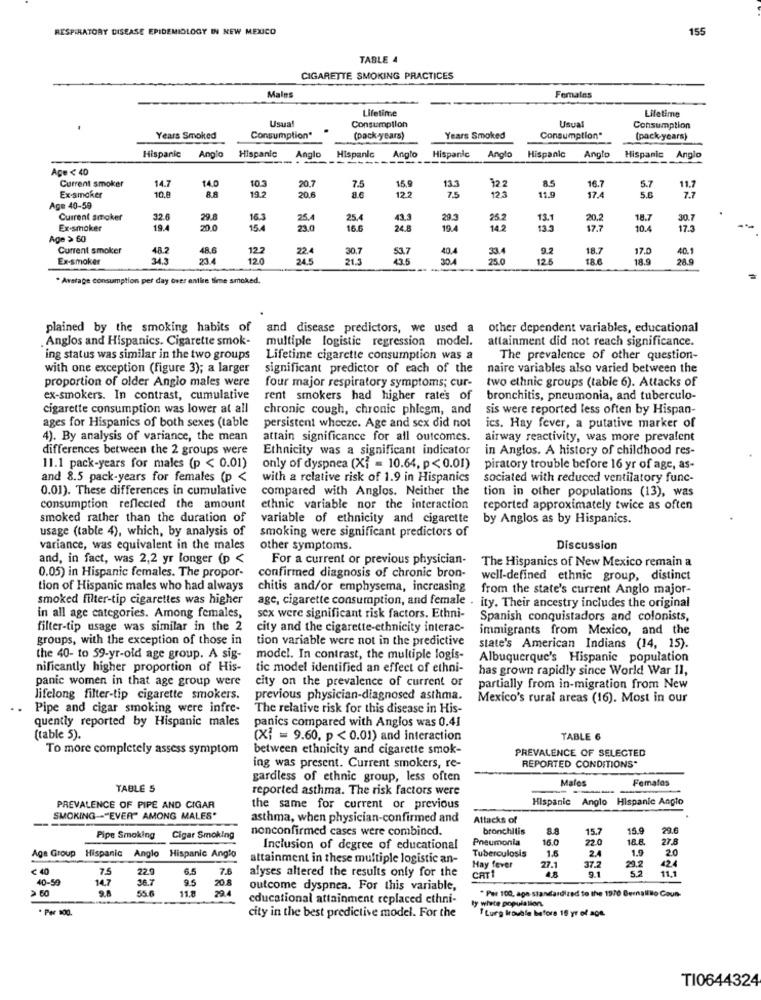
RESPIRATORY DISEASE EPIDEMIOLOGY IN NEW MEXICO
155
TABLE 4
CIGARETTE SMOKING PRACTICES
Males
Females
Lifetime
Usual
Usual
Lifetime
Consumption
Consumption
Years Smoked
Consumption*
(pack-years)
Years Smoked
Consumption"
(pack years)
Hispanic
Hispanic
Hispanic
Anglo
Angio
Anglo
Hispanic
Anglo
Hispanic
Anglo
Hispanic
Anglo
Age < 40
Current smoker
Ex-smaker
14.7
10.8
14.0
10.3
20.7
7.5
15.9
13.3
12
123
8.5
16.7
5.6
5.7
11.7
8.8
19.2
20.6
8.6
122
7.5
11.9
17.4
Age 40-59
Current smoker
32.6
29.8
16.3
25.
25.4
43.3
29.
25.2
13.
20.2
18.7
30.7
Ex-smoker
19.4
20.0
15.4
16.6
24.8
19.4
142
13.3
17.7
10.4
17.5
Age > 60
Current smoker
48.2
48.6
12.2
22.4
30,7
53.7
40.4
33.4
9.2
18.7
17.0
40.1
Ex-smoker
23.4
120
24.5
21.3
30.4
25.0
12.5
18.0
18.9
28.9
. Average consumption per day over entire time smoked.
plained by the smoking habits of
and disease predictors, we used a other dependent variables, educational
Anglos and Hispanics. Cigarette smok-
multiple logistic regression model.
attainment did not reach significance.
ing status was similar in the two groups
Lifetime cigarette consumption was a
The prevalence of other question-
with one exception (figure 3); a larger
significant predictor of each of the
naire variables also varied between the
proportion of older Anglo males were
four major respiratory symptoms; cur-
two ethnic groups (table 6). Attacks of
ex-smokers. In contrast, cumulative
rent smokers had higher rate's of
bronchitis, pneumonia, and tuberculo-
cigarette consumption was lower at all
chronic cough, chronic phlegm, and
sis were reported less often by Hispan-
ages for Hispanics of both sexes (table
persistent wheeze. Age and sex did not
ics. Hay fever, a putative marker of
4). By analysis of variance, the mean
attain significance for all outcomes.
airway reactivity, was more prevalent
differences between the 2 groups were
Ethnicity was a significant indicator
in Anglos. A history of childhood res-
11.1 pack-years for males (p < 0.01)
only of dyspnea (Xi = 10.64, p< 0.01)
piratory trouble before 16 yr of age, as-
and 8.5 pack-years for females (p <
with a relative risk of 1.9 in Hispanics
sociated with reduced ventilatory func-
0.01). These differences in cumulative
compared with Anglos. Neither the
tion in other populations (13), was
consumption reflected the amount
ethnic variable nor the interaction
reported approximately twice as often
smoked rather than the duration of
variable of ethnicity and cigarette
by Anglos as by Hispanics.
usage (table 4), which, by analysis of
smoking were significant predictors of
variance, was equivalent in the males
other symptoms.
Discussion
and, in fact, was 2,2 yr longer (p <
For a current or previous physician-
The Hispanics of New Mexico remain a
0.05) in Hispanic females. The propor-
confirmed diagnosis of chronic bron-
well-defined ethnic group, distinct
tion of Hispanic males who had always
chitis and/or emphysema, increasing
from the state's current Anglo major-
smoked filter-tip cigarettes was higher
age, cigarette consumption, and female . ity. Their ancestry includes the original
in all age categories. Among females,
sex were significant risk factors. Ethni-
Spanish conquistadors and colonists,
filter-tip usage was similar in the 2
city and the cigarette-ethnicity interac-
immigrants from Mexico, and the
groups, with the exception of those in
tion variable were not in the predictive
state's American Indians (14, 15).
the 40- to 59-yr-old age group. A sig-
model. In contrast, the multiple logis-
Albuquerque's Hispanic population
nificantly higher proportion of His-
tic model identified an effect of ethni-
has grown rapidly since World War II,
panic women in that age group were
city on the prevalence of current or
partially from in-migration from New
lifelong filter-tip cigarette smokers.
previous physician-diagnosed asthma.
Mexico's rural areas (16). Most in our
..
Pipe and cigar smoking were infre-
The relative risk for this disease in His-
quently reported by Hispanic males
panics compared with Anglos was 0.41
(table 5).
[X] = 9.60, p < 0.01) and interaction
TABLE 6
To more completely assess symptom
between ethnicity and cigarette smok-
PREVALENCE OF SELECTED
ing was present. Current smokers, re-
REPORTED CONDITIONS"
gardless of ethnic group, less often
Femafos
TABLE S
reported asthma. The risk factors were
Males
Hispanic
Anglo Hispanic Anglo
PREVALENCE OF PIPE AND CIGAR
the same for current or previous
SMOKING-"EVER" AMONG MALES"
asthma, when physician-confirmed and
Attacks of
nonconfirmed cases were combined.
bronchitis
15.7
15.9
29.6
Pipe Smoking
Cigar Smoking
Pneumonia
16.0
22.0
18.8.
27.8
Inclusion of degree of educational
Tuberculosis
1.5
2.4
1.9
Age Group Hispanic Anglo Hispanic Anglo
attainment in these multiple logistic an-
37.2
< 40
22.9
6.5
alyses altered the results only for the
Hay fever
27.1
48
9.1
29.2
5.2
40-59
75
9.5
70 8
CAT
60
14.7
36.7
11.8
29.4
outcome dyspnea. For this variable,
* Per 100, aga standardized to the 1970 Bernalillo Coun-
educational attainment replaced ethni-
ty white population.
. Per 100.
1 Lung trouble before 16 yr of age
city in the best predictive model. For the
TI0644324